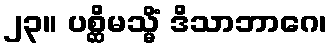
၂၃။ ပစ္ဆိမသ္မိံ ဒိသာဘာဂေ၊